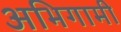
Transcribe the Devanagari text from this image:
अभिगामी